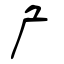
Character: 厃